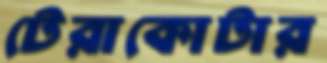
টেরাকোটার